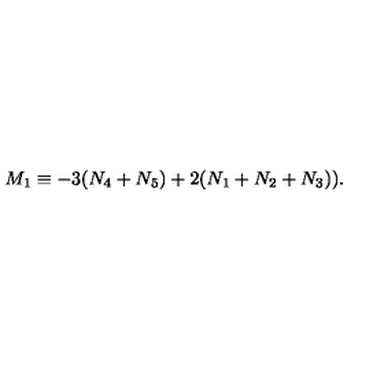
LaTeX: M _ { 1 } \equiv - 3 ( N _ { 4 } + N _ { 5 } ) + 2 ( N _ { 1 } + N _ { 2 } + N _ { 3 } ) ) .